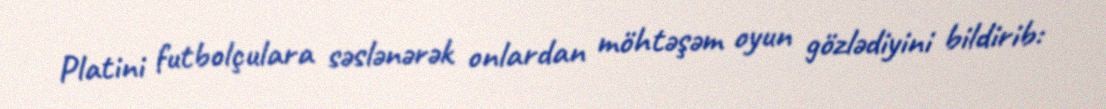
Platini futbolçulara səslənərək onlardan möhtəşəm oyun gözlədiyini bildirib: